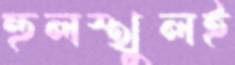
হুলস্থুলই